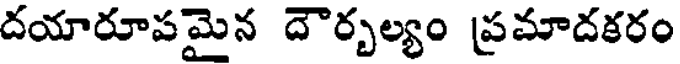
దయారూపమైన దౌర్బల్యం ప్రమాదకరం